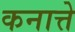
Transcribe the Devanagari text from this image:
कनात्ते